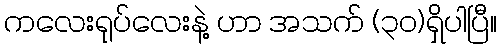
ကလေးရုပ်လေးနဲ့ ဟာ အသက် (၃၀)ရှိပါပြီ။